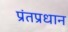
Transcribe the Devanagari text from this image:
प्रंतप्रधान